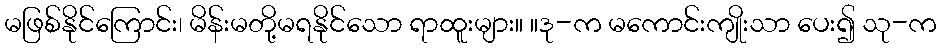
မဖြစ်နိုင်ကြောင်း၊ မိန်းမတို့မရနိုင်သော ရာထူးများ။ ။ဒု-က မကောင်းကျိုးသာ ပေး၍ သု-က